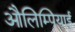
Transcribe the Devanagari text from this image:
औलिम्पियाई